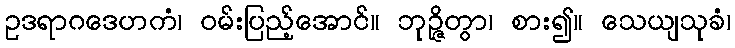
ဥဒရာဂဒေဟကံ၊ ဝမ်းပြည့်အောင်။ ဘုဉ္ဇိတွာ၊ စား၍။ သေယျသုခံ၊